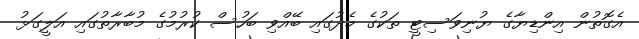
އެގޮތުން އިންޑިޔާގެ ޔުނިވަސިޓީ ތަކުގެ މެދުގައި ބޭއްވި ބަހުސް ކުރުމުގެ މުބާރާތުގައި އަލީގަޅު